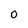
Character: 0